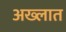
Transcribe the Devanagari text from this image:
अख्लात